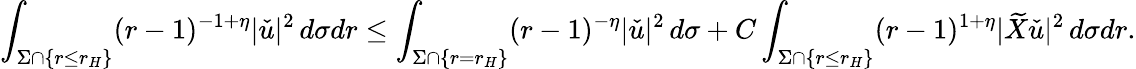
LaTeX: \int_{\Sigma\cap\{ r\leq r_{H}\} }(r-1)^{-1+\eta}|\check{u}|^{2}\, d\sigma dr\leq\int_{\Sigma\cap\{ r=r_{H}\} }(r-1)^{-\eta}|\check{u}|^{2}\, d\sigma+C\int_{\Sigma\cap\{ r\leq r_{H}\} }(r-1)^{1+\eta}|\widetilde{X}\check{u}|^{2}\, d\sigma dr.